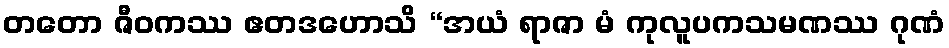
တတော ဇီဝကဿ ဧတဒဟောသိ “အယံ ရာဇာ မံ ကုလူပကသမဏဿ ဂုဏံ